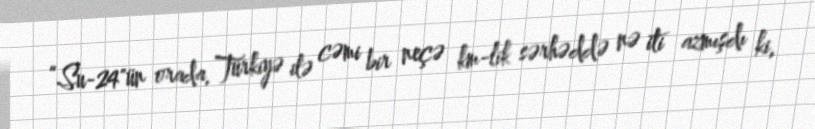
“Su-24"ün orada, Türkiyə ilə cəmi bir neçə km-lik sərhəddə nə iti azmışdı ki,